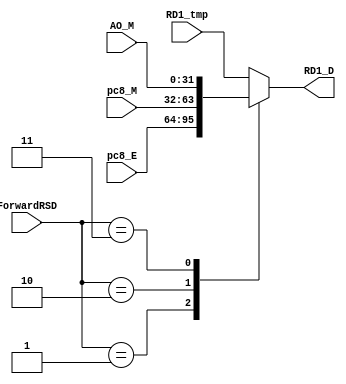
`timescale 1ns / 1ps

module MFRSD(
	ForwardRSD,
	RD1_tmp, pc8_E, pc8_M, AO_M,
	RD1_D);
	
	input [2:0] ForwardRSD;
	input [31:0] RD1_tmp, pc8_E, pc8_M, AO_M;
	
	output reg [31:0] RD1_D;

	always @(*) begin
		case(ForwardRSD)
			3'h0: RD1_D = RD1_tmp;
			3'h1: RD1_D = pc8_E;
			3'h2: RD1_D = pc8_M;
			3'h3: RD1_D = AO_M;
			default: RD1_D = RD1_tmp;
		endcase
	end

endmodule


module MFRTD(
	ForwardRTD,
	RD2_tmp, pc8_E, pc8_M, AO_M,
	RD2_D);
	
	input [2:0] ForwardRTD;
	input [31:0] RD2_tmp, pc8_E, pc8_M, AO_M;
	
	output reg [31:0] RD2_D;

	always @(*) begin
		case(ForwardRTD)
			3'h0: RD2_D = RD2_tmp;
			3'h1: RD2_D = pc8_E;
			3'h2: RD2_D = pc8_M;
			3'h3: RD2_D = AO_M;
			default: RD2_D = RD2_tmp;
		endcase
	end

endmodule

module MFRDD(
	ForwardRDD,
	RD3_tmp, pc8_E, pc8_M, AO_M,
	RD3_D);
	
	input [2:0] ForwardRDD;
	input [31:0] RD3_tmp, pc8_E, pc8_M, AO_M;
	
	output reg [31:0] RD3_D;

	always @(*) begin
		case(ForwardRDD)
			3'h0: RD3_D = RD3_tmp;
			3'h1: RD3_D = pc8_E;
			3'h2: RD3_D = pc8_M;
			3'h3: RD3_D = AO_M;
			default: RD3_D = RD3_tmp;
		endcase
	end

endmodule


module MFRSE(
	ForwardRSE,
	RD1_E_tmp, pc8_M, AO_M, WD, 
	RD1_E);
	
	input [2:0] ForwardRSE;
	input [31:0] RD1_E_tmp, pc8_M, AO_M, WD;

	output reg [31:0] RD1_E;

	always @(*) begin
		case(ForwardRSE)
			3'h0: RD1_E = RD1_E_tmp;
			3'h1: RD1_E = pc8_M;
			3'h2: RD1_E = AO_M;
			3'h3: RD1_E = WD;
			default: RD1_E = RD1_E_tmp;
		endcase
	end
endmodule


module MFRTE(
	ForwardRTE,
	RD2_E_tmp, pc8_M, AO_M, WD,
	RD2_E);
	
	input [2:0] ForwardRTE;
	input [31:0] RD2_E_tmp, pc8_M, AO_M, WD;

	output reg [31:0] RD2_E;

	always @(*) begin
		case(ForwardRTE)
			3'h0: RD2_E = RD2_E_tmp;
			3'h1: RD2_E = pc8_M;
			3'h2: RD2_E = AO_M;
			3'h3: RD2_E = WD;
			default: RD2_E = RD2_E_tmp;
		endcase
	end
endmodule

module MFRDE(
	ForwardRDE,
	RD3_E_tmp, pc8_M, AO_M, WD,
	RD3_E);
	
	input [2:0] ForwardRDE;
	input [31:0] RD3_E_tmp, pc8_M, AO_M, WD;

	output reg [31:0] RD3_E;

	always @(*) begin
		case(ForwardRDE)
			3'h0: RD3_E = RD3_E_tmp;
			3'h1: RD3_E = pc8_M;
			3'h2: RD3_E = AO_M;
			3'h3: RD3_E = WD;
			default: RD3_E = RD3_E_tmp;
		endcase
	end
endmodule


module MFRSM(
	ForwardRSM,
	RD1_M_tmp, WD,
	RD1_M);
	
	input [2:0] ForwardRSM;
	input [31:0] RD1_M_tmp, WD;

	output reg [31:0] RD1_M;

	always @(*) begin
		case(ForwardRSM)
			3'h0: RD1_M = RD1_M_tmp;
			3'h1: RD1_M = WD;
			default: RD1_M = RD1_M_tmp;
		endcase
	end
endmodule


module MFRTM(
	ForwardRTM,
	RD2_M_tmp, WD,
	RD2_M);
	
	input [2:0] ForwardRTM;
	input [31:0] RD2_M_tmp, WD;

	output reg [31:0] RD2_M;

	always @(*) begin
		case(ForwardRTM)
			3'h0: RD2_M = RD2_M_tmp;
			3'h1: RD2_M = WD;
			default: RD2_M = RD2_M_tmp;
		endcase
	end
endmodule

module MFRDM(
	ForwardRDM,
	RD3_M_tmp, WD,
	RD3_M);
	
	input [2:0] ForwardRDM;
	input [31:0] RD3_M_tmp, WD;

	output reg [31:0] RD3_M;

	always @(*) begin
		case(ForwardRDM)
			3'h0: RD3_M = RD3_M_tmp;
			3'h1: RD3_M = WD;
			default: RD3_M = RD3_M_tmp;
		endcase
	end
endmodule